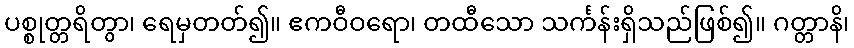
ပစ္စုတ္တရိတွာ၊ ရေမှတတ်၍။ ဧကဝီဝရော၊ တထီသော သင်္ကန်းရှိသည်ဖြစ်၍။ ဂတ္တာနိ၊